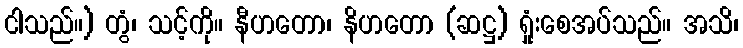
ငါသည်။) တွံ၊ သင့်ကို။ နီဟတော၊ နိဟတော (ဆဋ္ဌ) ရှုံးစေအပ်သည်။ အသိ၊